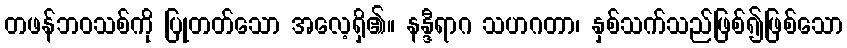
တဖန်ဘဝသစ်ကို ပြုတတ်သော အလေ့ရှိ၏။ နန္ဒီရာဂ သဟဂတာ၊ နှစ်သက်သည်ဖြစ်၍ဖြစ်သော